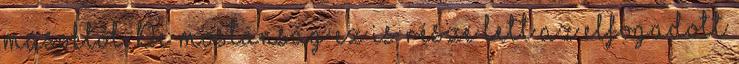
másoktól. De mostanság ez is része lett az elfogadott